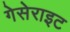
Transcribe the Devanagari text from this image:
गेसेराइट